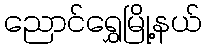
ညောင်ရွှေမြို့နယ်